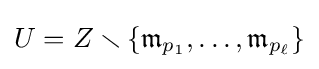
U=Z\smallsetminus \{{\mathfrak {m}}_{p_{1}},\ldots ,{\mathfrak {m}}_{p_{\ell }}\}